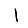
Digit: 1